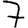
Digit: 7